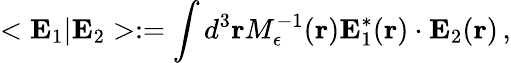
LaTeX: <{\mathbf E}_{1}|{\mathbf E}_{2}>:=\int d^{3}{\mathbf r}M_{\epsilon}^{-1}({\mathbf r}){\mathbf E}_{1}^{*}({\mathbf r})\cdot{\mathbf E}_{2}({\mathbf r})\, ,